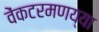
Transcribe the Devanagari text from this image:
वेंकटरमणय्या